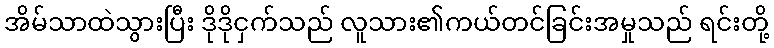
အိမ်သာထဲသွားပြီး ဒိုဒိုငှက်သည် လူသား၏ကယ်တင်ခြင်းအမှုသည် ရင်းတို့